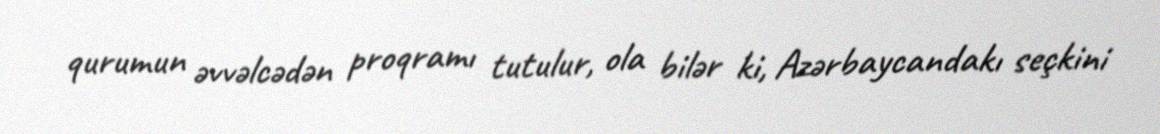
qurumun əvvəlcədən proqramı tutulur, ola bilər ki, Azərbaycandakı seçkini